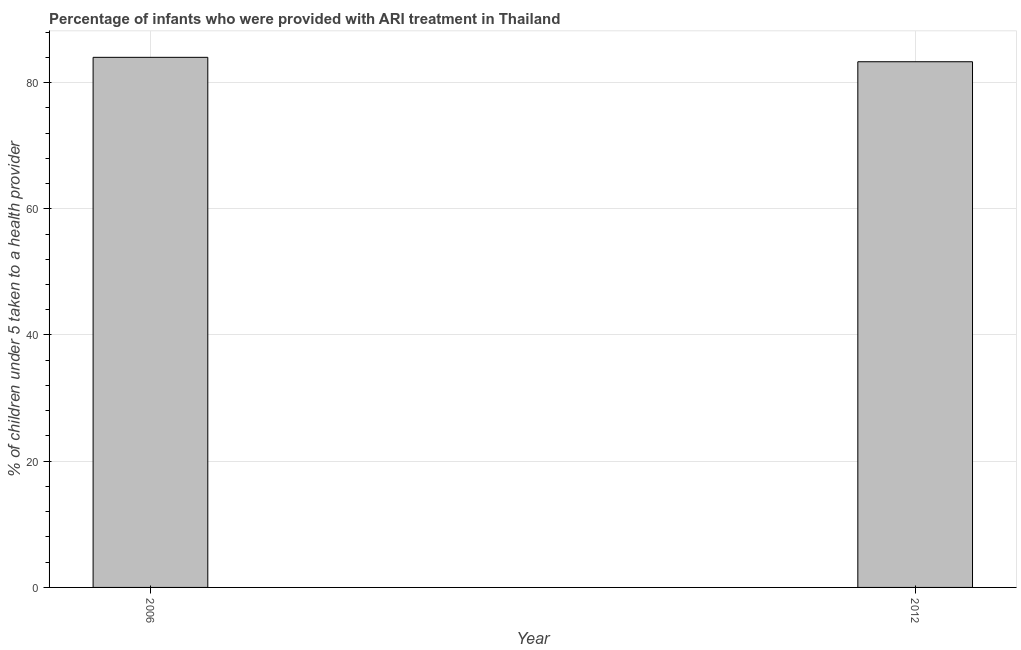
| Year | ARI treatment |
 | --- | --- |
 | 2006 | 84 |
 | 2012 | 83.3 |